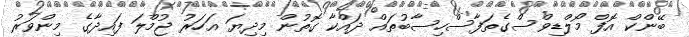
ބޭންކް އޮފް މޯލްޑިވްސްގެތަފާސްހިސާބުތައް ދައްކާ ގޮތުން މިދިޔަ އަހަރު ޖުމްލަ ފައިދާގެ މިންވަރު